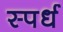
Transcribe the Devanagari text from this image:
स्पर्ध